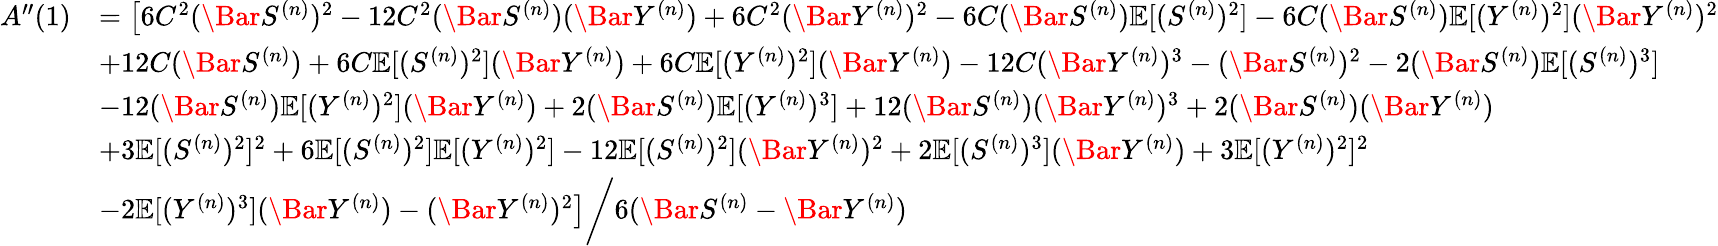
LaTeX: \begin{array}{rl}{A^{\prime\prime}(1)}&{=\left[6C^{2}(\Bar{S}^{(n)})^{2}-12C^{2}\right.(\Bar{S}^{(n)})(\Bar{Y}^{(n)})+6C^{2}(\Bar{Y}^{(n)})^{2}-6C(\Bar{S}^{(n)})\mathbb{E}[(S^{(n)})^{2}]-6C(\Bar{S}^{(n)})\mathbb{E}[(Y^{(n)})^{2}](\Bar{Y}^{(n)})^{2}}\\ &{+12C(\Bar{S}^{(n)})+6C\mathbb{E}[(S^{(n)})^{2}](\Bar{Y}^{(n)})+6C\mathbb{E}[(Y^{(n)})^{2}](\Bar{Y}^{(n)})-12C(\Bar{Y}^{(n)})^{3}-(\Bar{S}^{(n)})^{2}-2(\Bar{S}^{(n)})\mathbb{E}[(S^{(n)})^{3}]}\\ &{-12(\Bar{S}^{(n)})\mathbb{E}[(Y^{(n)})^{2}](\Bar{Y}^{(n)})+2(\Bar{S}^{(n)})\mathbb{E}[(Y^{(n)})^{3}]+12(\Bar{S}^{(n)})(\Bar{Y}^{(n)})^{3}+2(\Bar{S}^{(n)})(\Bar{Y}^{(n)})}\\ &{+3\mathbb{E}[(S^{(n)})^{2}]^{2}+6\mathbb{E}[(S^{(n)})^{2}]\mathbb{E}[(Y^{(n)})^{2}]-12\mathbb{E}[(S^{(n)})^{2}](\Bar{Y}^{(n)})^{2}+2\mathbb{E}[(S^{(n)})^{3}](\Bar{Y}^{(n)})+3\mathbb{E}[(Y^{(n)})^{2}]^{2}}\\ &{-2\mathbb{E}[(Y^{(n)})^{3}](\Bar{Y}^{(n)})-\left.(\Bar{Y}^{(n)})^{2}\right]\bigg/6(\Bar{S}^{(n)}-\Bar{Y}^{(n)})}\end{array}